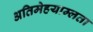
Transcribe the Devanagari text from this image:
अतिमेहयाम्लता